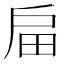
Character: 㧂